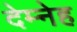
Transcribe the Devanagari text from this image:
देम्नेह